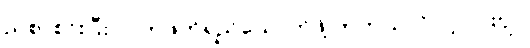
ညစာစားပြီး လက်ဖက်ရည်သောက်ဖို့ တကယ်လိုလို့လားဗျာ